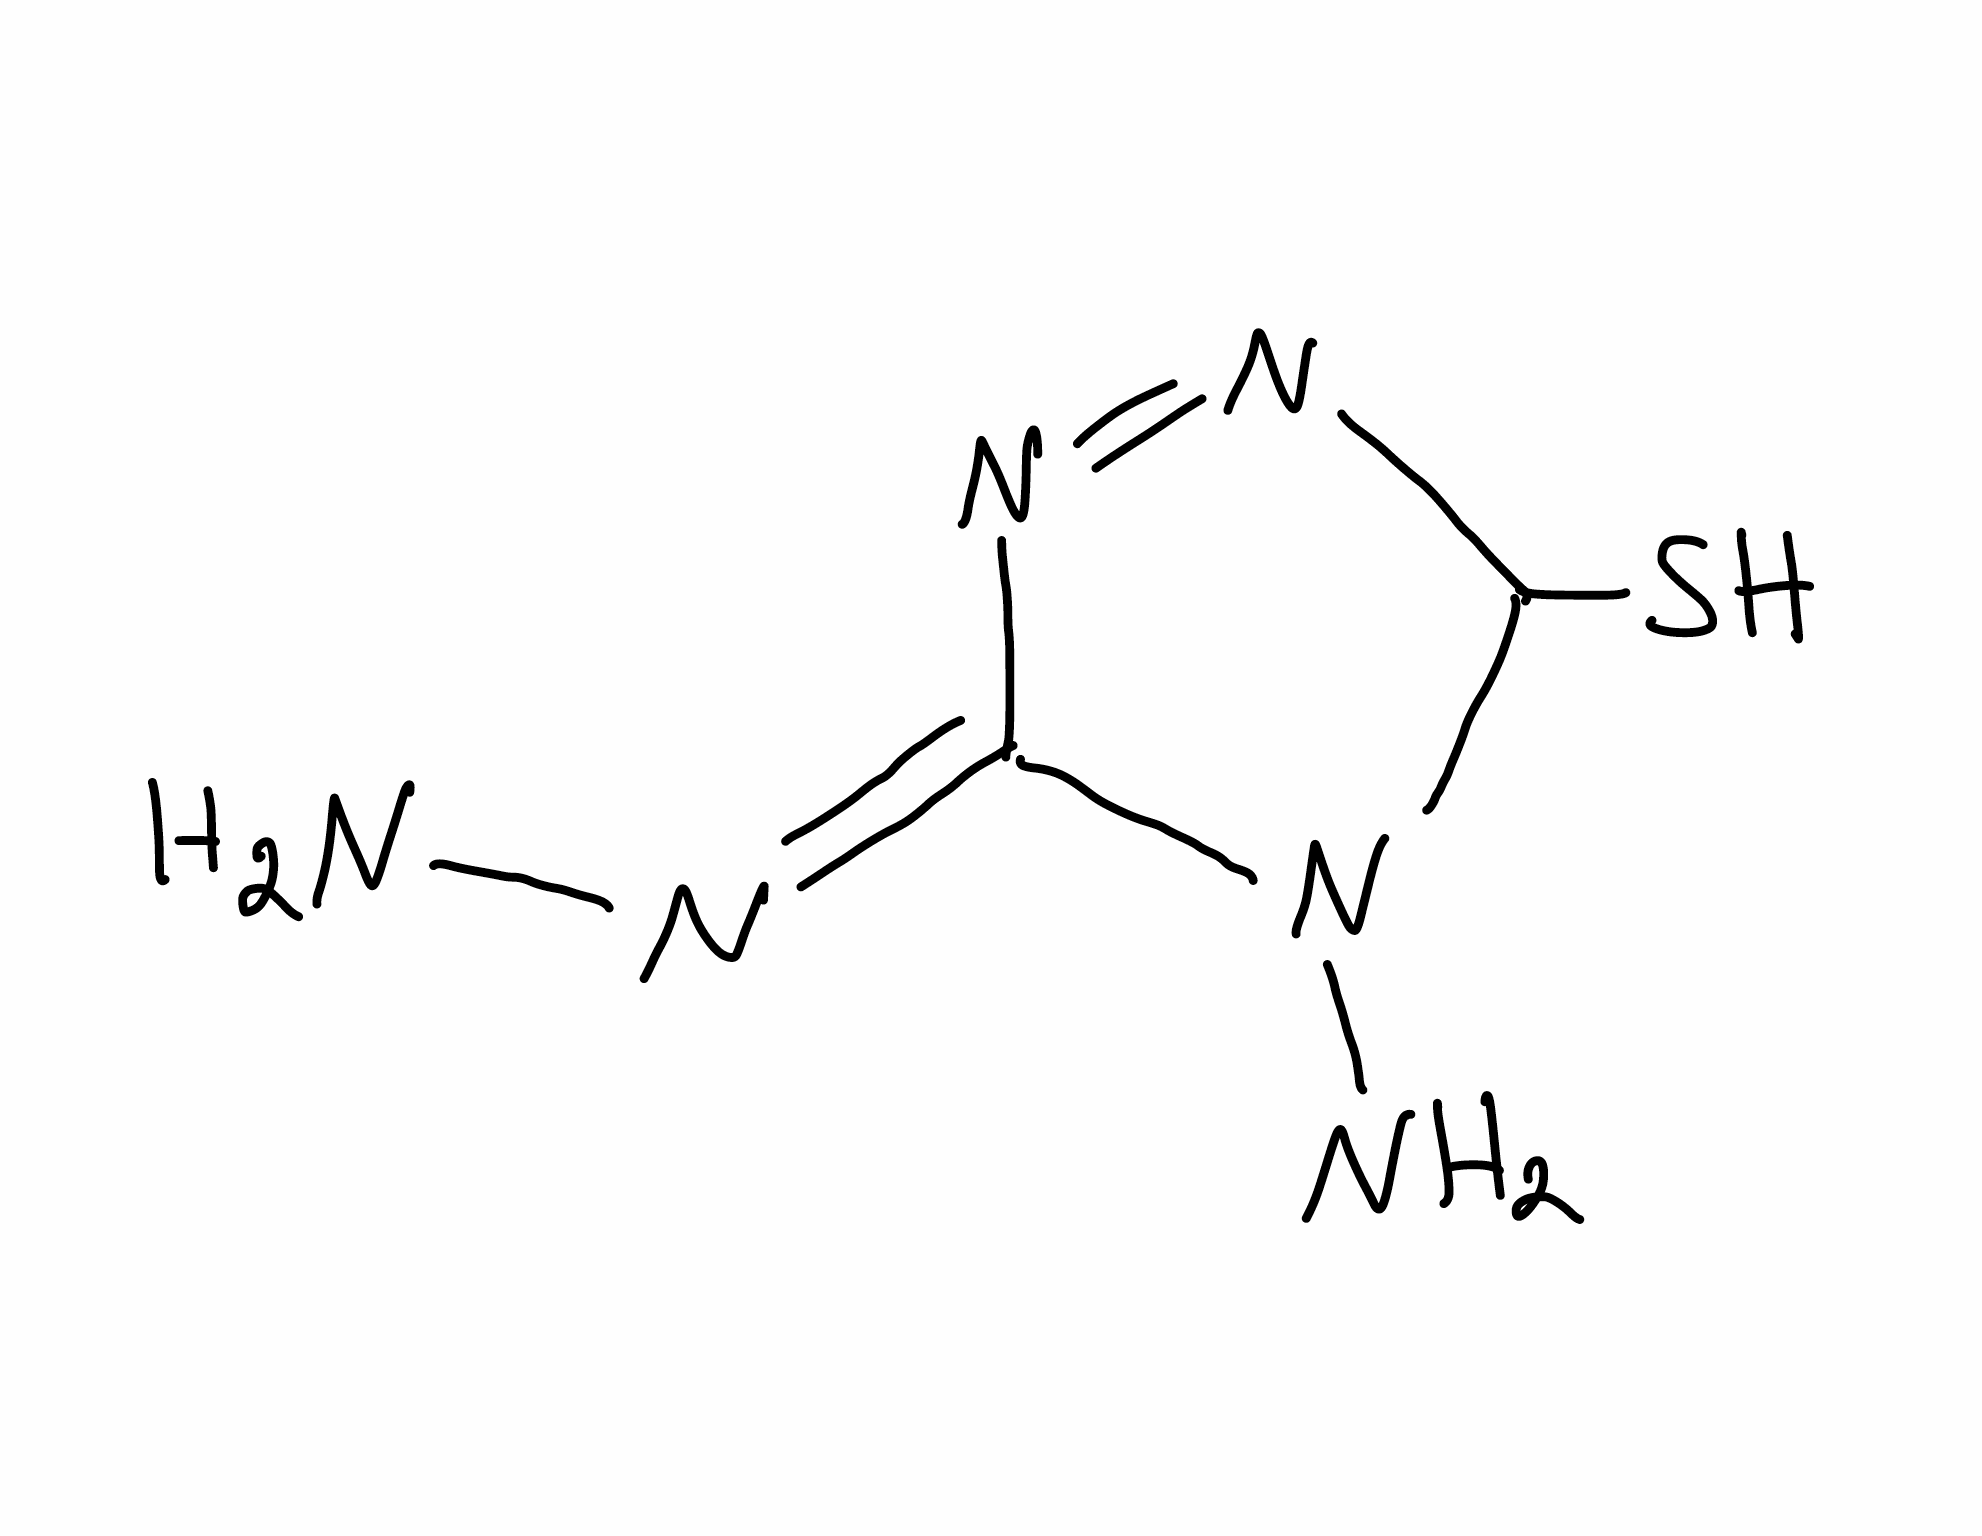
Simplified molecular-input line-entry system (SMILES) notation of the given molecule:
C1(N=N/C(=N\N)/N1N)S